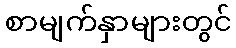
စာမျက်နှာများတွင်